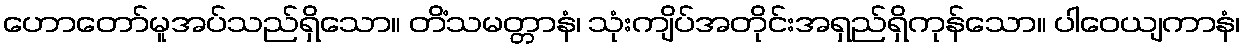
ဟောတော်မူအပ်သည်ရှိသော။ တိံသမတ္တာနံ၊ သုံးကျိပ်အတိုင်းအရှည်ရှိကုန်သော။ ပါဝေယျကာနံ၊